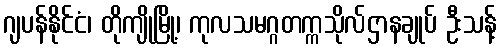
ဂျပန်နိုင်ငံ၊ တိုကျိုမြို့၊ ကုလသမဂ္ဂတက္ကသိုလ်ဌာနချုပ် ဦးသန့်